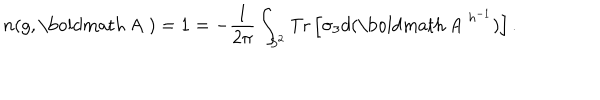
n ( g , \mathrm { \boldmath ~ A ~ } ) = 1 = - \frac { 1 } { 2 \pi } \int _ { S ^ { 2 } } \mathrm { T r } \left[ \sigma _ { 3 } d ( \mathrm { \boldmath ~ A ~ } ^ { h ^ { - 1 } } ) \right] .